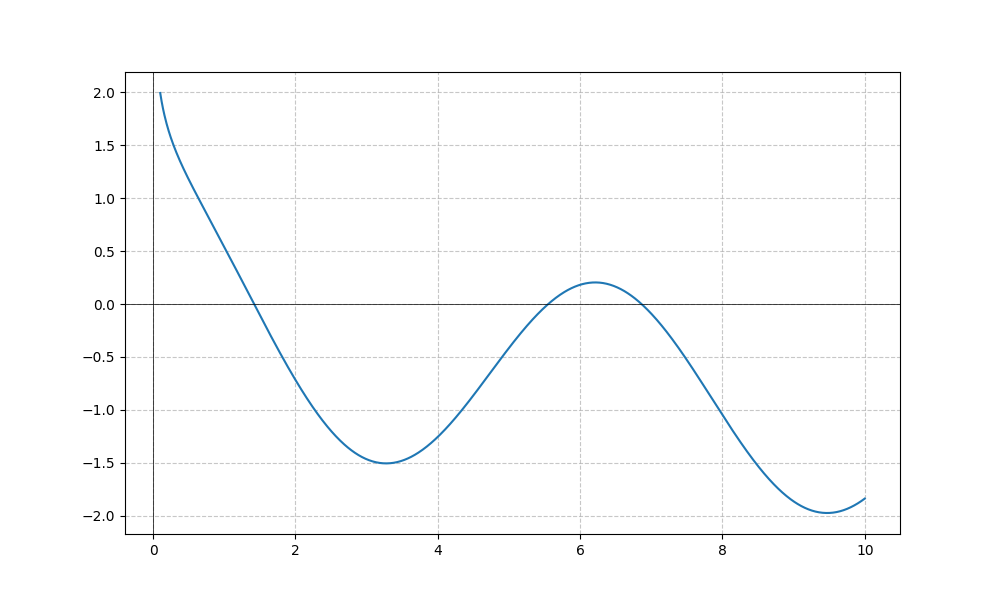
LaTeX formula: - \frac{\log{\left(x \right)}}{\log{\left(10 \right)}} + \cos{\left(x \right)}